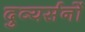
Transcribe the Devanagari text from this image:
दुव्यर्सनों